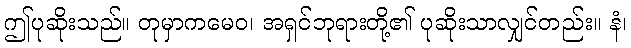
ဤပုဆိုးသည်။ တုမှာကမေဝ၊ အရှင်ဘုရားတို့၏ ပုဆိုးသာလျှင်တည်း။ နံ၊